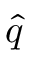
\hat { q }